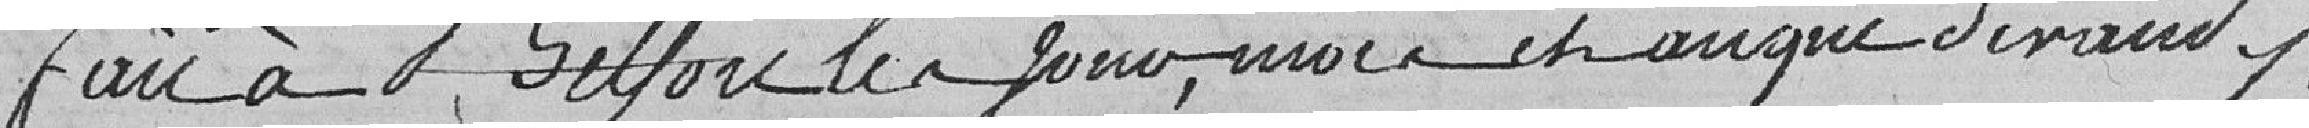
Fait à Belfort les jour, mois et auque devand